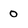
Character: o